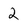
Character: 2